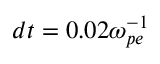
d t = 0 . 0 2 \omega _ { p e } ^ { - 1 }